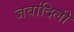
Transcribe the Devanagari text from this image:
जवांदिली